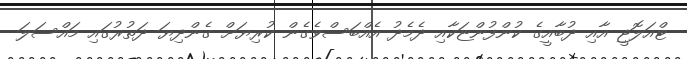
ޓްއަލޮޖީ އާއި ދުބާއީގެ ކުންފުންޏަކާއި ދެމެދު އެއްބަސްވެގެން ކުރިޔަށް ގެންދިޔަ ދަތުރުގައި މައްސަލަ